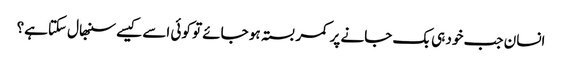
انسان جب خود ہی بک جانے پر کمر بستہ ہو جائے تو کوئی اسے کیسے سنبھال سکتاہے؟